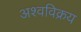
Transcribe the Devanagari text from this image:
अश्वविक्रय